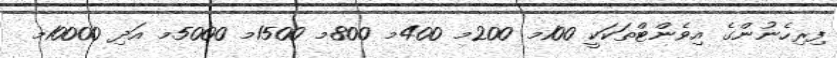
ފިރިހެނުންގެ އިވެންޓްތަކަކީ 100މ 200މ 400މ 800މ 1500މ 5000މ އަދި 10000މ